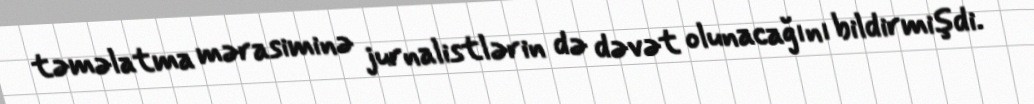
təməlatma mərasiminə jurnalistlərin də dəvət olunacağını bildirmişdi.